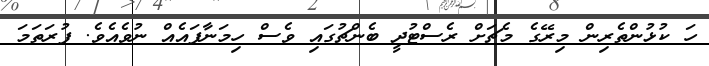
ހަ ކުޅުންތެރިން މިރޭގެ މެޗަށް ރެސްޓުދީ ބެންޗުގައި ވެސް ހިމަނާފައެއް ނުވެއެވެ. ފުރަތަމަ